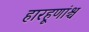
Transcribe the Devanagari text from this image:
हारहूणांश्च